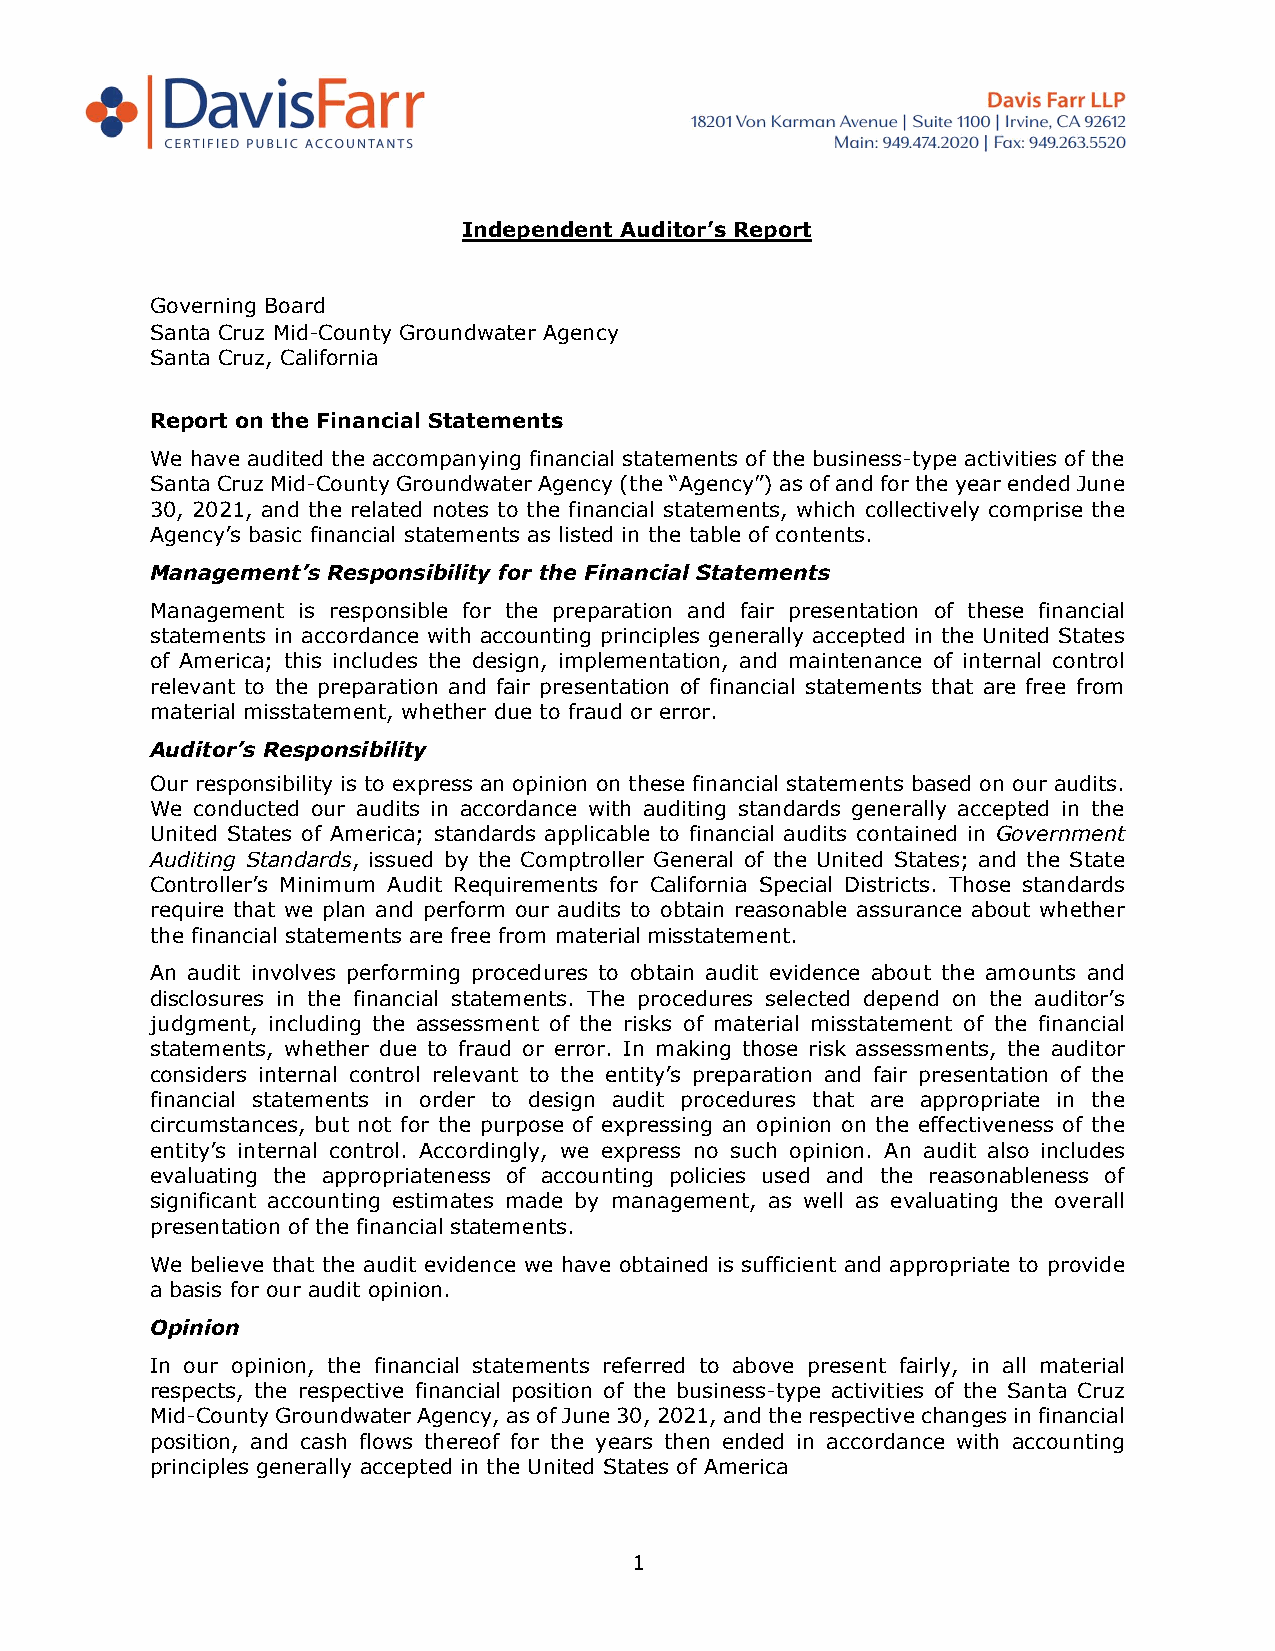
Independent Auditor’s Report
 Governing Board
 Santa Cruz Mid-County Groundwater Agency
 Santa Cruz, California
 Report on the Financial Statements
 We have audited the accompanying financial statements of the business-type activities of the
 Santa Cruz Mid-County Groundwater Agency (the “Agency”) as of and for the year ended June
 30, 2021, and the related notes to the financial statements, which collectively comprise the
 Agency’s basic financial statements as listed in the table of contents.
 Management’s Responsibility for the Financial Statements
 Management is responsible for the preparation and fair presentation of these financial
 statements in accordance with accounting principles generally accepted in the United States
 of America; this includes the design, implementation, and maintenance of internal control
 relevant to the preparation and fair presentation of financial statements that are free from
 material misstatement, whether due to fraud or error.
 Auditor’s Responsibility
 Our responsibility is to express an opinion on these financial statements based on our audits.
 We conducted our audits in accordance with auditing standards generally accepted in the
 United States of America; standards applicable to financial audits contained in Government
 Auditing Standards, issued by the Comptroller General of the United States; and the State
 Controller’s Minimum Audit Requirements for California Special Districts. Those standards
 require that we plan and perform our audits to obtain reasonable assurance about whether
 the financial statements are free from material misstatement.
 An audit involves performing procedures to obtain audit evidence about the amounts and
 disclosures in the financial statements. The procedures selected depend on the auditor’s
 judgment, including the assessment of the risks of material misstatement of the financial
 statements, whether due to fraud or error. In making those risk assessments, the auditor
 considers internal control relevant to the entity’s preparation and fair presentation of the
 financial statements in order to design audit procedures that are appropriate in the
 circumstances, but not for the purpose of expressing an opinion on the effectiveness of the
 entity’s internal control. Accordingly, we express no such opinion. An audit also includes
 evaluating the appropriateness of accounting policies used and the reasonableness of
 significant accounting estimates made by management, as well as evaluating the overall
 presentation of the financial statements.
 We believe that the audit evidence we have obtained is sufficient and appropriate to provide
 a basis for our audit opinion.
 Opinion
 In our opinion, the financial statements referred to above present fairly, in all material
 respects, the respective financial position of the business-type activities of the Santa Cruz
 Mid-County Groundwater Agency, as of June 30, 2021, and the respective changes in financial
 position, and cash flows thereof for the years then ended in accordance with accounting
 principles generally accepted in the United States of America
 1